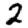
Digit: 2